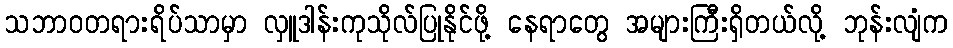
သဘာဝတရားရိပ်သာမှာ လှူဒါန်းကုသိုလ်ပြုနိုင်ဖို့ နေရာတွေ အများကြီးရှိတယ်လို့ ဘုန်းလျံက